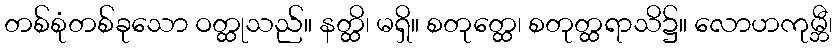
တစ်စုံတစ်ခုသော ဝတ္ထုသည်။ နတ္ထိ၊ မရှိ။ စတုတ္ထေ၊ စတုတ္ထရာသိ၌။ လောဟကုမ္ဘီ၊